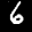
Label: 6